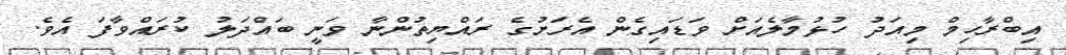
އިބްރާހިމް މިއަދު ހުޅުމާލެއަށް ވަޑައިގެން އެރަށުގެ ރައްޔިތުންނާ ވަނީ ބައްދަލު ކުރައްވާފަ އެވެ.